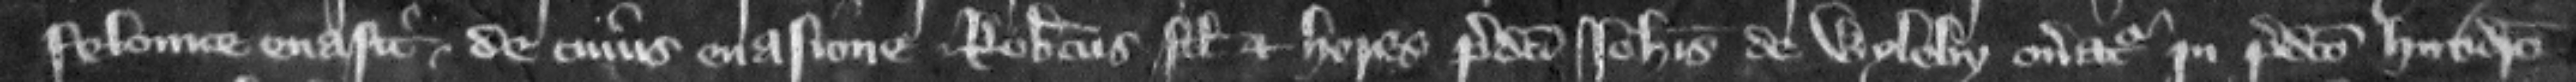
felonice euasit. de cuius euasione Robertus filius et heres predicti Iohannis de Wyleby oneratur in predicto hundredo